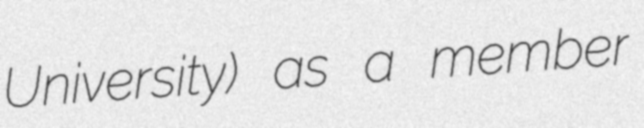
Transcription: University) as a member